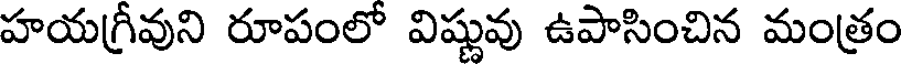
హయగ్రీవుని రూపంలో విష్ణువు ఉపాసించిన మంత్రం